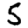
Digit: 5